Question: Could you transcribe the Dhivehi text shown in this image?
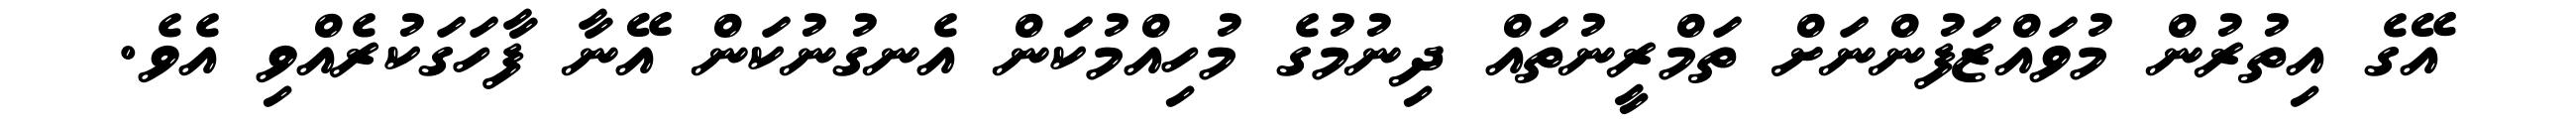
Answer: އޭގެ އިތުރުން މުވައްޒަފުންނަށް ތަމްރީނުތައް ދިނުމުގެ މުހިއްމުކަން އެނގުނުކަން އޭނާ ފާހަގަކުރެއްވި އެވެ.